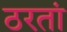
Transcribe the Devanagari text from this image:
ठरतां